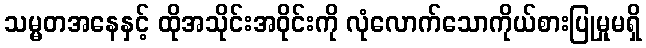
သမ္မတအနေနှင့် ထိုအသိုင်းအဝိုင်းကို လုံလောက်သောကိုယ်စားပြုမှုမရှိ